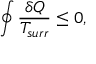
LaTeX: \oint { \frac { \delta Q } { T _ { s u r r } } } \leq 0 ,